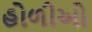
હોળીઓ